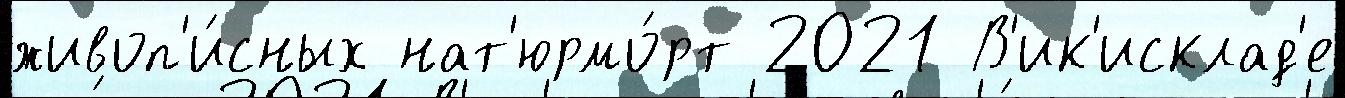
живоп'и́сных нат'юрмо́рт 2021 В'ик'исклад'е